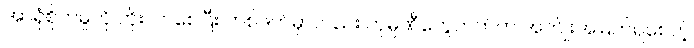
အာရုံစိုက်မှုကို တိုးလာစေပြီး တစ်ဖက်မှာလည်း ကုမ္ပဏီတွေဘက်က အကျိုးအမြတ်ရစေတဲ့